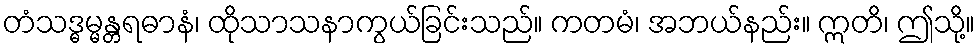
တံသဒ္ဓမ္မန္တရဓာနံ၊ ထိုသာသနာကွယ်ခြင်းသည်။ ကတမံ၊ အဘယ်နည်း။ ဣတိ၊ ဤသို့။